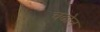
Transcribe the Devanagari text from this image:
चढोन